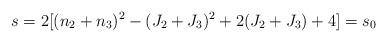
LaTeX: \begin{align*}s=2[(n_2+n_3)^2-(J_2+J_3)^2+2(J_2+J_3)+4]=s_0\end{align*}